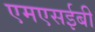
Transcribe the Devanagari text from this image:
एमएसईबी